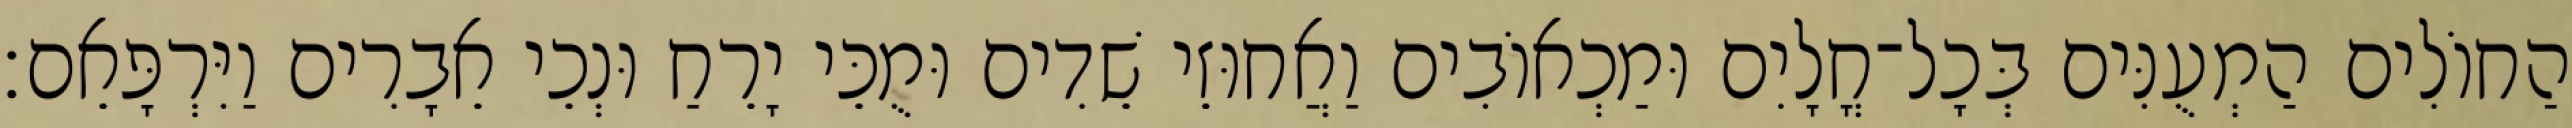
הַחוֹלִים הַמְעֻנִּים בְּכָל־חֳלָיִם וּמַכְאוֹבִים וַאֲחוּזֵי שֵׁדִים וּמֻכֵּי יָרֵחַ וּנְכֵי אֵבָרִים וַיִּרְפָּאֵם׃